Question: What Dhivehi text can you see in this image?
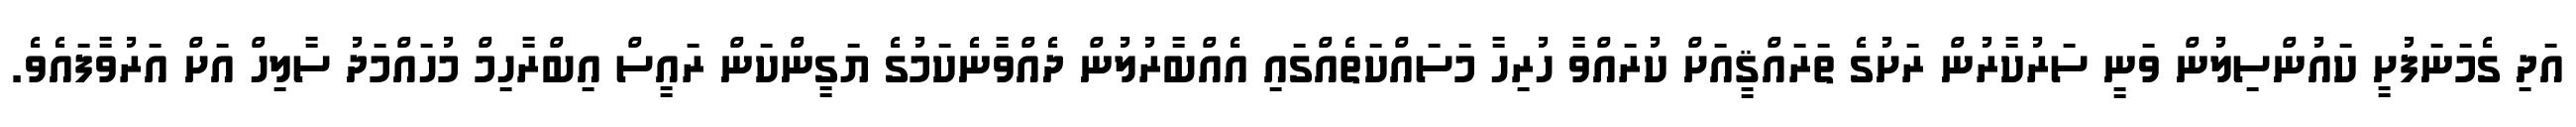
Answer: އަދި ގެމަނަފުށީ ކައުންސިލުން ވަނީ ސަރުކާރުން ރަށުގެ ތަރައްޤީއަށް ކުރައްވާ ހުރިހާ މަސައްކަތެއްގައި އެއްބާރުލުން ދެއްވާނެކަމުގެ ޔަގީންކަން ރައީސް އިބްރާހިމް މުހައްމަދު ސާލިހް އަށް އަރުވާފައެވެ.